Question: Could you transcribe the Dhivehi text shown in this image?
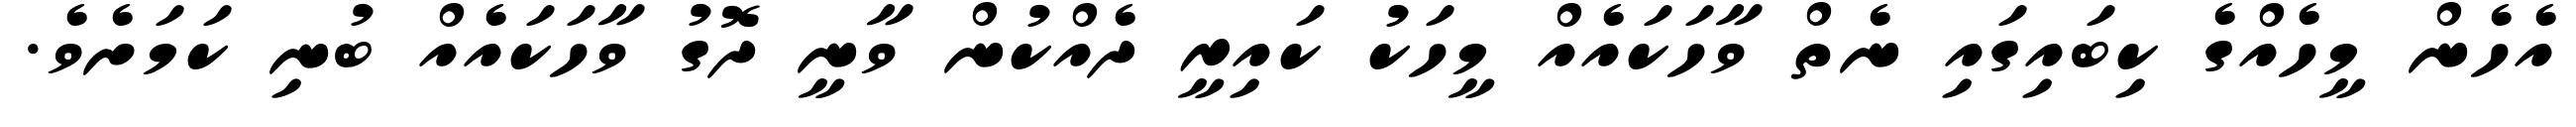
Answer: އެހެން މީހެއްގެ ކިބައިގައި ނެތް ވާހަކައެއް މީހަކު ކައިރީ ދެއްކުން ވާނީ ދޮގު ވާހަކައެއް ބުނި ކަމަށެވެ.